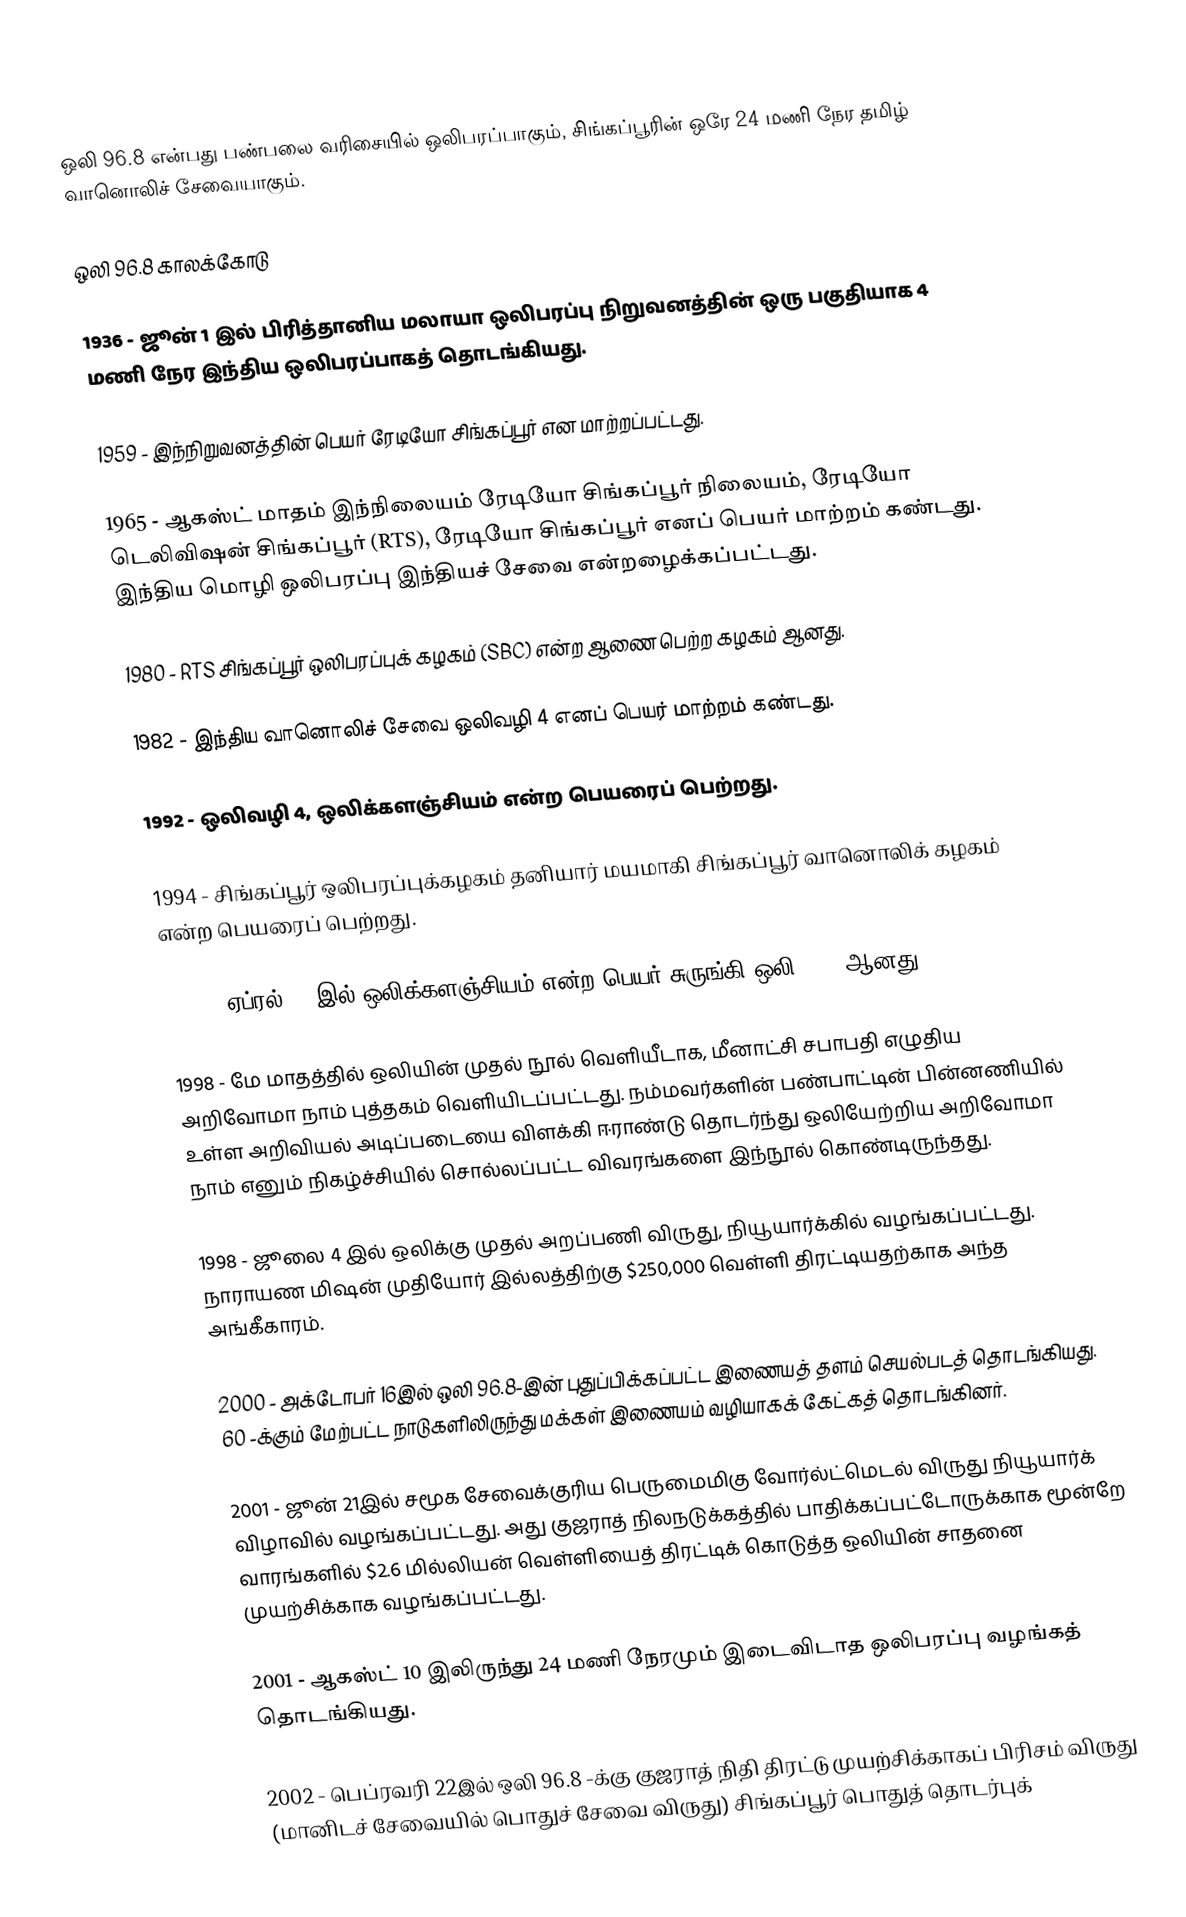
ஒலி 96.8 என்பது பண்பலை வரிசையில் ஒலிபரப்பாகும், சிங்கப்பூரின் ஒரே 24 மணி நேர தமிழ் வானொலிச் சேவையாகும்.

ஒலி 96.8 காலக்கோடு

 1936 - ஜூன் 1 இல் பிரித்தானிய மலாயா ஒலிபரப்பு நிறுவனத்தின் ஒரு பகுதியாக 4 மணி நேர இந்திய ஒலிபரப்பாகத் தொடங்கியது.

 1959 - இந்நிறுவனத்தின் பெயர் ரேடியோ சிங்கப்பூர் என மாற்றப்பட்டது.

 1965 - ஆகஸ்ட் மாதம் இந்நிலையம் ரேடியோ சிங்கப்பூர் நிலையம், ரேடியோ டெலிவிஷன் சிங்கப்பூர் (RTS), ரேடியோ சிங்கப்பூர் எனப் பெயர் மாற்றம் கண்டது. இந்திய மொழி ஒலிபரப்பு இந்தியச் சேவை என்றழைக்கப்பட்டது.

 1980 - RTS சிங்கப்பூர் ஒலிபரப்புக் கழகம் (SBC) என்ற ஆணை பெற்ற கழகம் ஆனது.

 1982 - இந்திய வானொலிச் சேவை ஒலிவழி 4 எனப் பெயர் மாற்றம் கண்டது.

 1992 - ஒலிவழி 4, ஒலிக்களஞ்சியம் என்ற பெயரைப் பெற்றது.

 1994 - சிங்கப்பூர் ஒலிபரப்புக்கழகம் தனியார் மயமாகி சிங்கப்பூர் வானொலிக் கழகம் என்ற பெயரைப் பெற்றது.

 1997 - ஏப்ரல் 14 இல் ஒலிக்களஞ்சியம் என்ற பெயர் சுருங்கி ஒலி 96.8 ஆனது.

 1998 - மே மாதத்தில் ஒலியின் முதல் நூல் வெளியீடாக, மீனாட்சி சபாபதி எழுதிய அறிவோமா நாம் புத்தகம் வெளியிடப்பட்டது. நம்மவர்களின் பண்பாட்டின் பின்னணியில் உள்ள அறிவியல் அடிப்படையை விளக்கி ஈராண்டு தொடர்ந்து ஒலியேற்றிய அறிவோமா நாம் எனும் நிகழ்ச்சியில் சொல்லப்பட்ட விவரங்களை இந்நூல் கொண்டிருந்தது.

 1998 - ஜூலை 4 இல் ஒலிக்கு முதல் அறப்பணி விருது, நியூயார்க்கில் வழங்கப்பட்டது. நாராயண மிஷன் முதியோர் இல்லத்திற்கு $250,000 வெள்ளி திரட்டியதற்காக அந்த அங்கீகாரம்.

 2000 - அக்டோபர் 16இல் ஒலி 96.8-இன் புதுப்பிக்கப்பட்ட இணையத் தளம் செயல்படத் தொடங்கியது. 60 -க்கும் மேற்பட்ட நாடுகளிலிருந்து மக்கள் இணையம் வழியாகக் கேட்கத் தொடங்கினர்.

 2001 - ஜூன் 21இல் சமூக சேவைக்குரிய பெருமைமிகு வோர்ல்ட்மெடல் விருது நியூயார்க் விழாவில் வழங்கப்பட்டது. அது குஜராத் நிலநடுக்கத்தில் பாதிக்கப்பட்டோருக்காக மூன்றே வாரங்களில் $2.6 மில்லியன் வெள்ளியைத் திரட்டிக் கொடுத்த ஒலியின் சாதனை முயற்சிக்காக வழங்கப்பட்டது.

 2001 - ஆகஸ்ட் 10 இலிருந்து 24 மணி நேரமும் இடைவிடாத ஒலிபரப்பு வழங்கத் தொடங்கியது.

 2002 - பெப்ரவரி 22இல் ஒலி 96.8 -க்கு குஜராத் நிதி திரட்டு முயற்சிக்காகப் பிரிசம் விருது (மானிடச் சேவையில் பொதுச் சேவை விருது) சிங்கப்பூர் பொதுத் தொடர்புக்